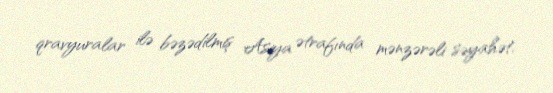
qravyuralar ilə bəzədilmiş Asiya ətrafında mənzərəli səyahət.